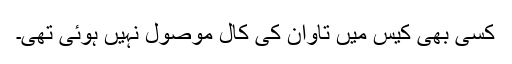
کسی بھی کیس میں تاوان کی کال موصول نہیں ہوئی تھی۔